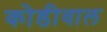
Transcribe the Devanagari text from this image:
कोडीवाल